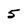
Character: 5